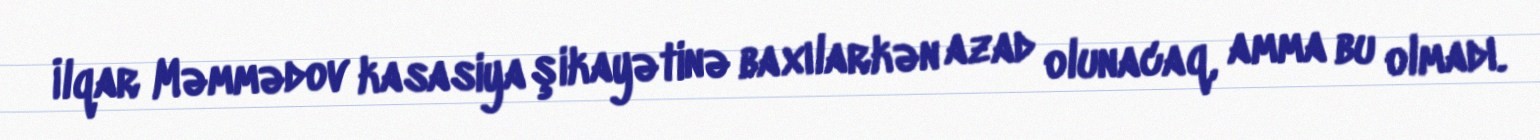
İlqar Məmmədov kasasiya şikayətinə baxılarkən azad olunacaq, amma bu olmadı.